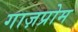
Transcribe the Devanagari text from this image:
गाज़प्रोम